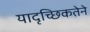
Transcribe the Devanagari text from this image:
यादृच्छिकतेने